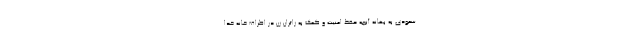
سعودی به بهانه آنچه حفظ امنیت و کمک به زائران زن در اطراف خانه خدا